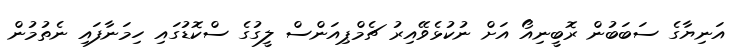
އަނިޔާގެ ސަބަބުން ރޮބީނިއޯ އަށް ނުކުޅެވޭއިރު ޗެމްޕިއަންސް ލީގުގެ ސްކޮޑުގައި ހިމަނާފައި ނެތުމުން